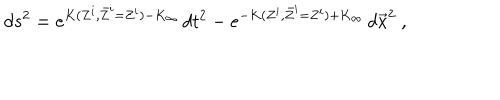
d s ^ { 2 } = e ^ { K ( Z ^ { i } , \bar { Z } ^ { i } = Z ^ { i } ) - K _ { \infty } } \, d t ^ { 2 } - e ^ { - K ( Z ^ { i } , \bar { Z } ^ { i } = Z ^ { i } ) + K _ { \infty } } \, d \vec { x } ^ { 2 } \ ,